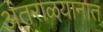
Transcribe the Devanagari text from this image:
अंतराळयानात